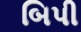
બિપી